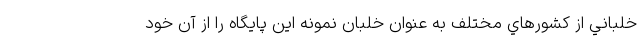
خلباني از كشورهاي مختلف به عنوان خلبان نمونه اين پايگاه را از آن خود